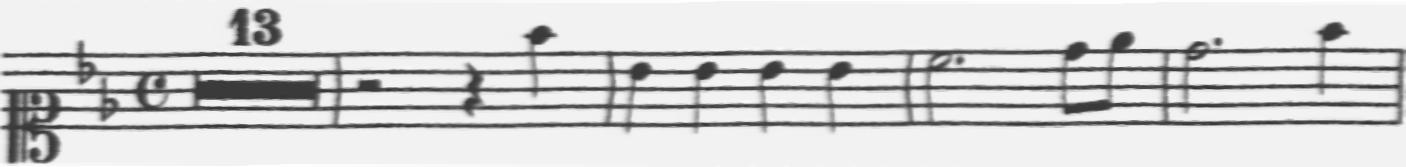
Transcription: clef-C1 keySignature-BbM timeSignature-C multirest-13 barline rest-half rest-quarter note-F5_quarter barline note-Bb4_quarter note-Bb4_quarter note-Bb4_quarter note-Bb4_quarter barline note-C5_half. note-D5_eighth note-Eb5_eighth barline note-D5_half. note-F5_quarter barline